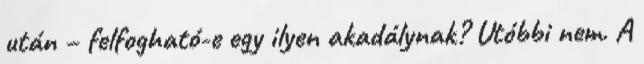
után – felfogható-e egy ilyen akadálynak? Utóbbi nem. A